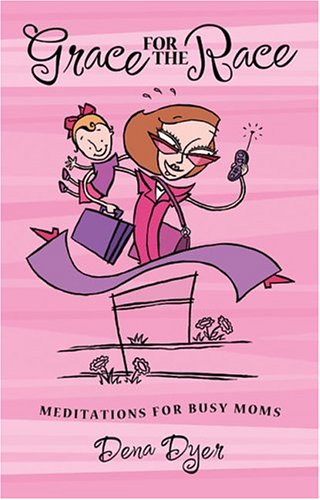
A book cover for Grace for the Race: Meditations for Busy Moms; Dena Dyer; Health, Fitness & Dieting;